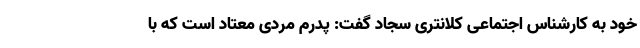
خود به کارشناس اجتماعی کلانتری سجاد گفت: پدرم مردی معتاد است که با